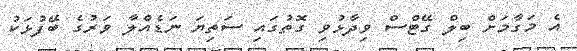
އެ މަގާމަށް ބިލް ގޭޓްސް ވިދާޅުވި ގޮތުގައި ސަތިޔަ ނަޑެއްލާ ވަރުގެ ބޭފުޅަކު